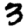
Digit: 3